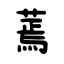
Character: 蔫